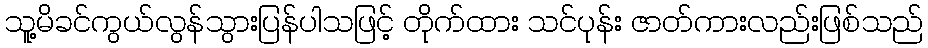
သူ့မိခင်ကွယ်လွန်သွားပြန်ပါသဖြင့် တိုက်ထား သင်ပုန်း ဇာတ်ကားလည်းဖြစ်သည်